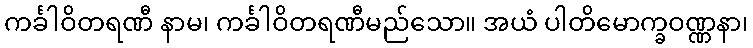
ကင်္ခါဝိတရဏီ နာမ၊ ကင်္ခါဝိတရဏီမည်သော။ အယံ ပါတိမောက္ခဝဏ္ဏနာ၊